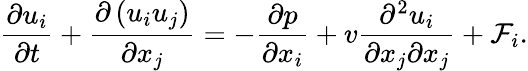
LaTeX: \frac{\partial u_{i}}{\partial t}+\frac{\partial\left(u_{i}u_{j}\right)}{\partial x_{j}}=-\frac{\partial p}{\partial x_{i}}+v\frac{\partial^{2}u_{i}}{\partial x_{j}\partial x_{j}}+\mathcal{F}_{i}.